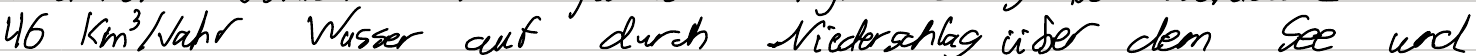
46 km^3/Jahr Wasser auf durch Niederschlag über dem See und